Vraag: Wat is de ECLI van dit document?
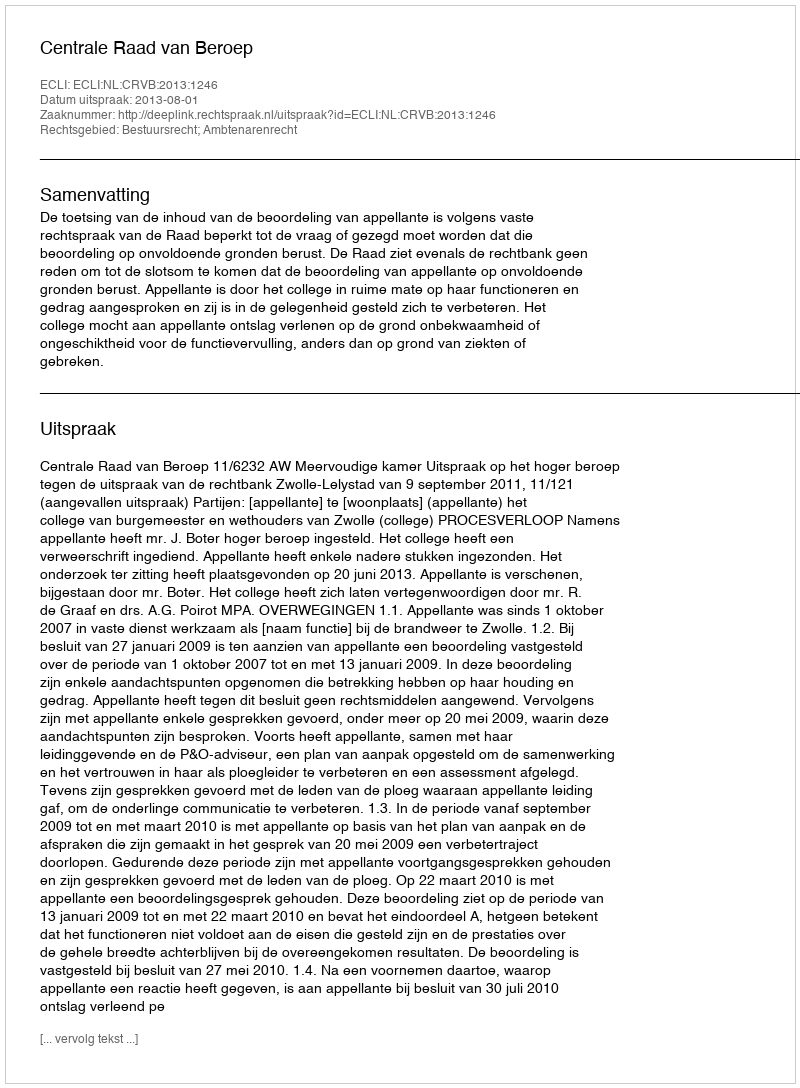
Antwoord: ECLI:NL:CRVB:2013:1246